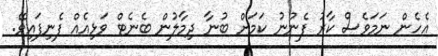
އެހެން ނަމަވެސް ކާރު ފެނުނު ކަމަށް ބުނާ ދިމާލުން ބެނެޓް ވަޅިއެއް ފެނިފައިވޭ.